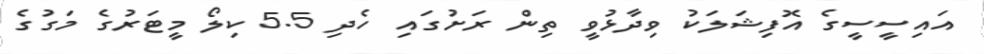
އައިސީސީގެ އޮފިޝަލަކު ވިދާޅުވީ ތިން ރަށުގައި ހެދި 5.5 ކިލޯ މީޓަރުގެ މަގުގެ